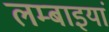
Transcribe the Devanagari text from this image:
लम्बाइयां